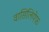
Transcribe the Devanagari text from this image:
वासिलियेफ़